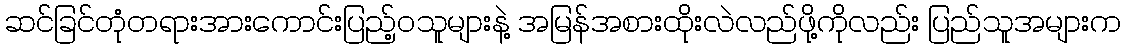
ဆင်ခြင်တုံတရားအားကောင်းပြည့်ဝသူများနဲ့ အမြန်အစားထိုးလဲလည်ဖို့ကိုလည်း ပြည်သူအများက